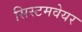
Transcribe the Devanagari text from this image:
सिस्टमवेयर